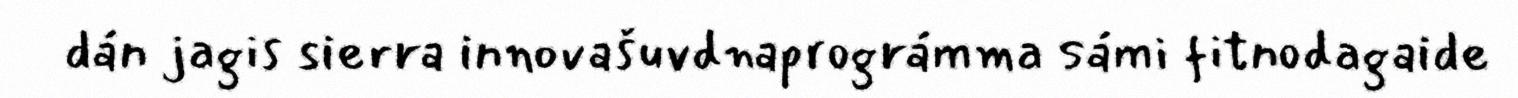
dán jagis sierra innovašuvdnaprográmma sámi fitnodagaide